Report on the working of the Ranchi Indian Mental Hospital, Kanke, in Bihar and Orissa - 1930-1940
Year: 1930
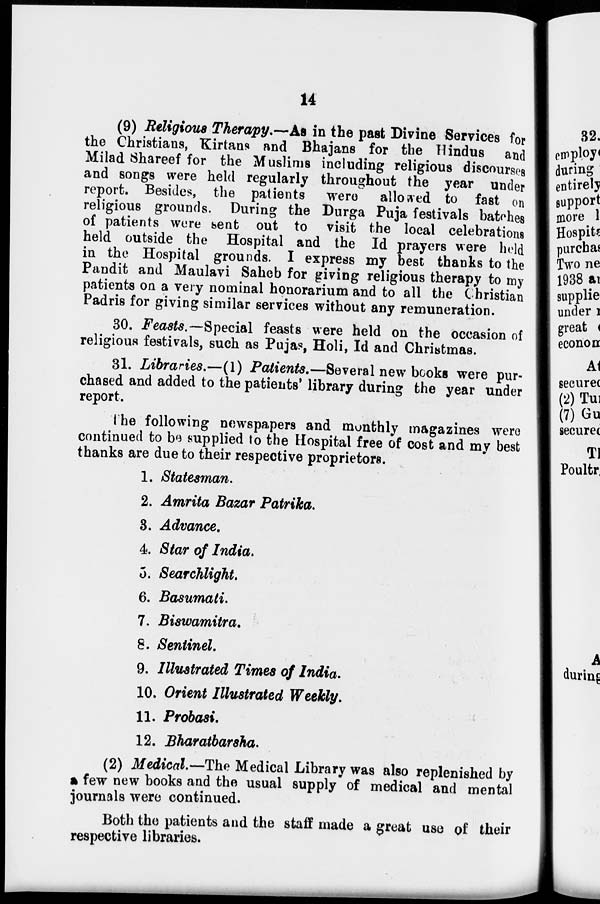
14
(9) Religious Therapy.—As in the past Divine Services for
the Christians, Kirtans and Bhajans for the Hindus and
Milad Shareef for the Muslims including religious discourses
and songs were held regularly throughout the year under
report. Besides, the patients were allowed to fast on
religious grounds. During the Durga Puja festivals batches
of patients were sent out to visit the local celebrations
held outside the Hospital and the Id prayers were held
in the Hospital grounds. I express my best thanks to the
Pandit and Maulavi Saheb for giving religious therapy to my
patients on a very nominal honorarium and to all the Christian
Padris for giving similar services without any remuneration.
30. Feasts.—Special feasts were held on the occasion of
religious festivals, such as Pujas, Holi, Id and Christmas.
31. Libraries.—(1) Patients.—Several new books were pur-
chased and added to the patients' library during the year under
report.
The following newspapers and monthly magazines were
continued to be supplied to the Hospital free of cost and my best
thanks are due to their respective proprietors.
1. Statesman.
2. Amrita Bazar Patrika.
3. Advance.
4. Star of India.
5. Searchlight.
6. Basumati.
7. Biswamitra.
8. Sentinel.
9. Illustrated Times of India.
10. Orient Illustrated Weekly.
11. Probasi.
12. Bharatbarsha.
(2) Medical.—The Medical Library was also replenished by
a few new books and the usual supply of medical and mental
journals were continued.
Both the patients and the staff made a great use of their
respective libraries.